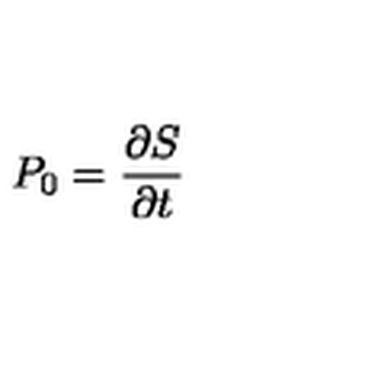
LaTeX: P _ { 0 } = \frac { \partial S } { \partial t }